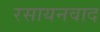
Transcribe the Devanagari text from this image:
रसायनवाद